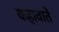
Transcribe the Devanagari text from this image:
कहावातें